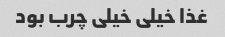
غذا خیلی خیلی چرب بود